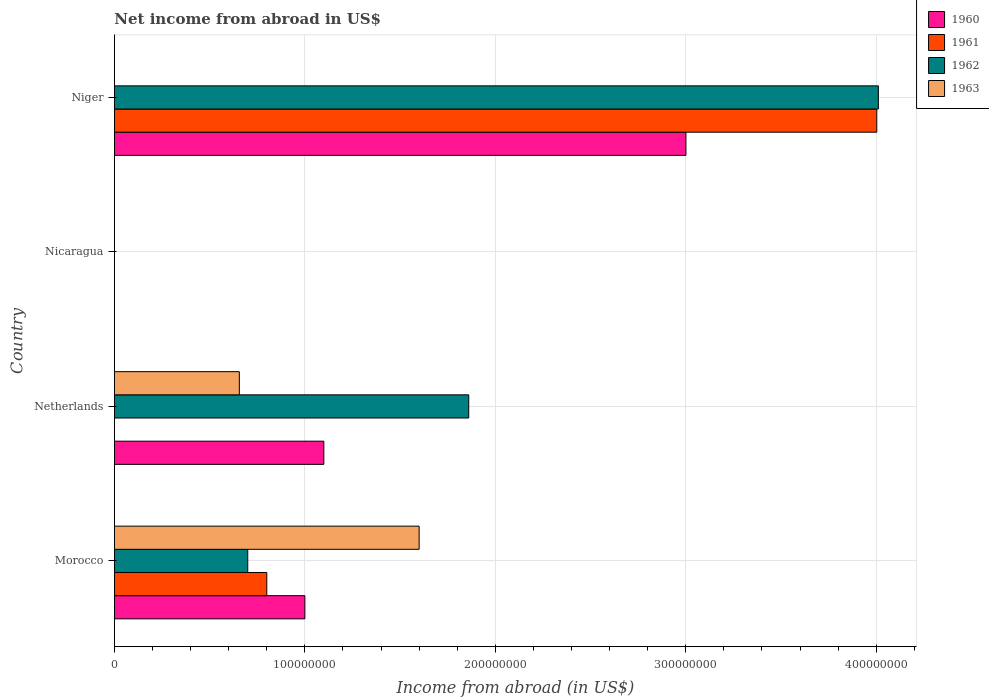
| Country | 1960 | 1961 | 1962 | 1963 |
 | --- | --- | --- | --- | --- |
 | Morocco | 1e+08 | 8e+07 | 7e+07 | 1.6e+08 |
 | Netherlands | 1.1e+08 | -5.23e+06 | 1.86e+08 | 6.56e+07 |
 | Nicaragua | -0.012 | -0.0137 | -0.0156 | -0.0158 |
 | Niger | 3e+08 | 4e+08 | 4.01e+08 | -6e+08 |